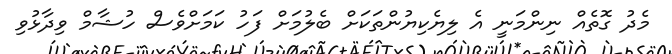
މެދު ގޮތެއް ނިންމަނީ އެ ލިޔެކިޔުންތަކަށް ބެލުމަށް ފަހު ކަމަށްވެސް ހުޝާމް ވިދާޅުވި